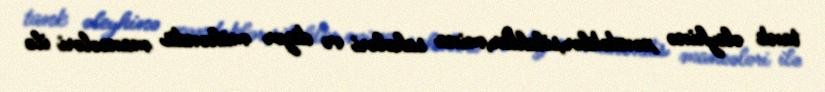
tank əleyhinə xəndəklər,silahlar,mina sahələri və digər mühəndis maneələri ilə